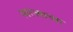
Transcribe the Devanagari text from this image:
स्वरज्याच्या